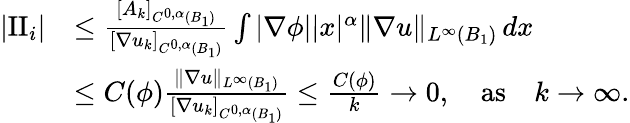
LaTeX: \begin{array}{rl}{|\textrm{II}_{i}|}&{\le\frac{[A_{k}]_{C^{0,\alpha}(B_{1})}}{[\nabla u_{k}]_{C^{0,\alpha}(B_{1})}}\int|\nabla\phi||x|^{\alpha}\| \nabla u\| _{L^{\infty}(B_{1})}\, dx}\\ &{\le C(\phi)\frac{\| \nabla u\| _{L^{\infty}(B_{1})}}{[\nabla u_{k}]_{C^{0,\alpha}(B_{1})}}\le\frac{C(\phi)}{k}\to 0,\quad\textrm{as}\quad k\to\infty.}\end{array}